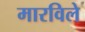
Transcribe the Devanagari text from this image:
मारविले